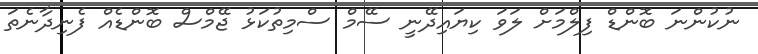
ނުކުންނަ ބޮންޑް ފިލްމަށް ލަވަ ކިޔައިދޭނީ ސޭމް ސްމިތުކަޅު ޖޭމްސް ބޮންޑެއް ފެނިދާނެތަ